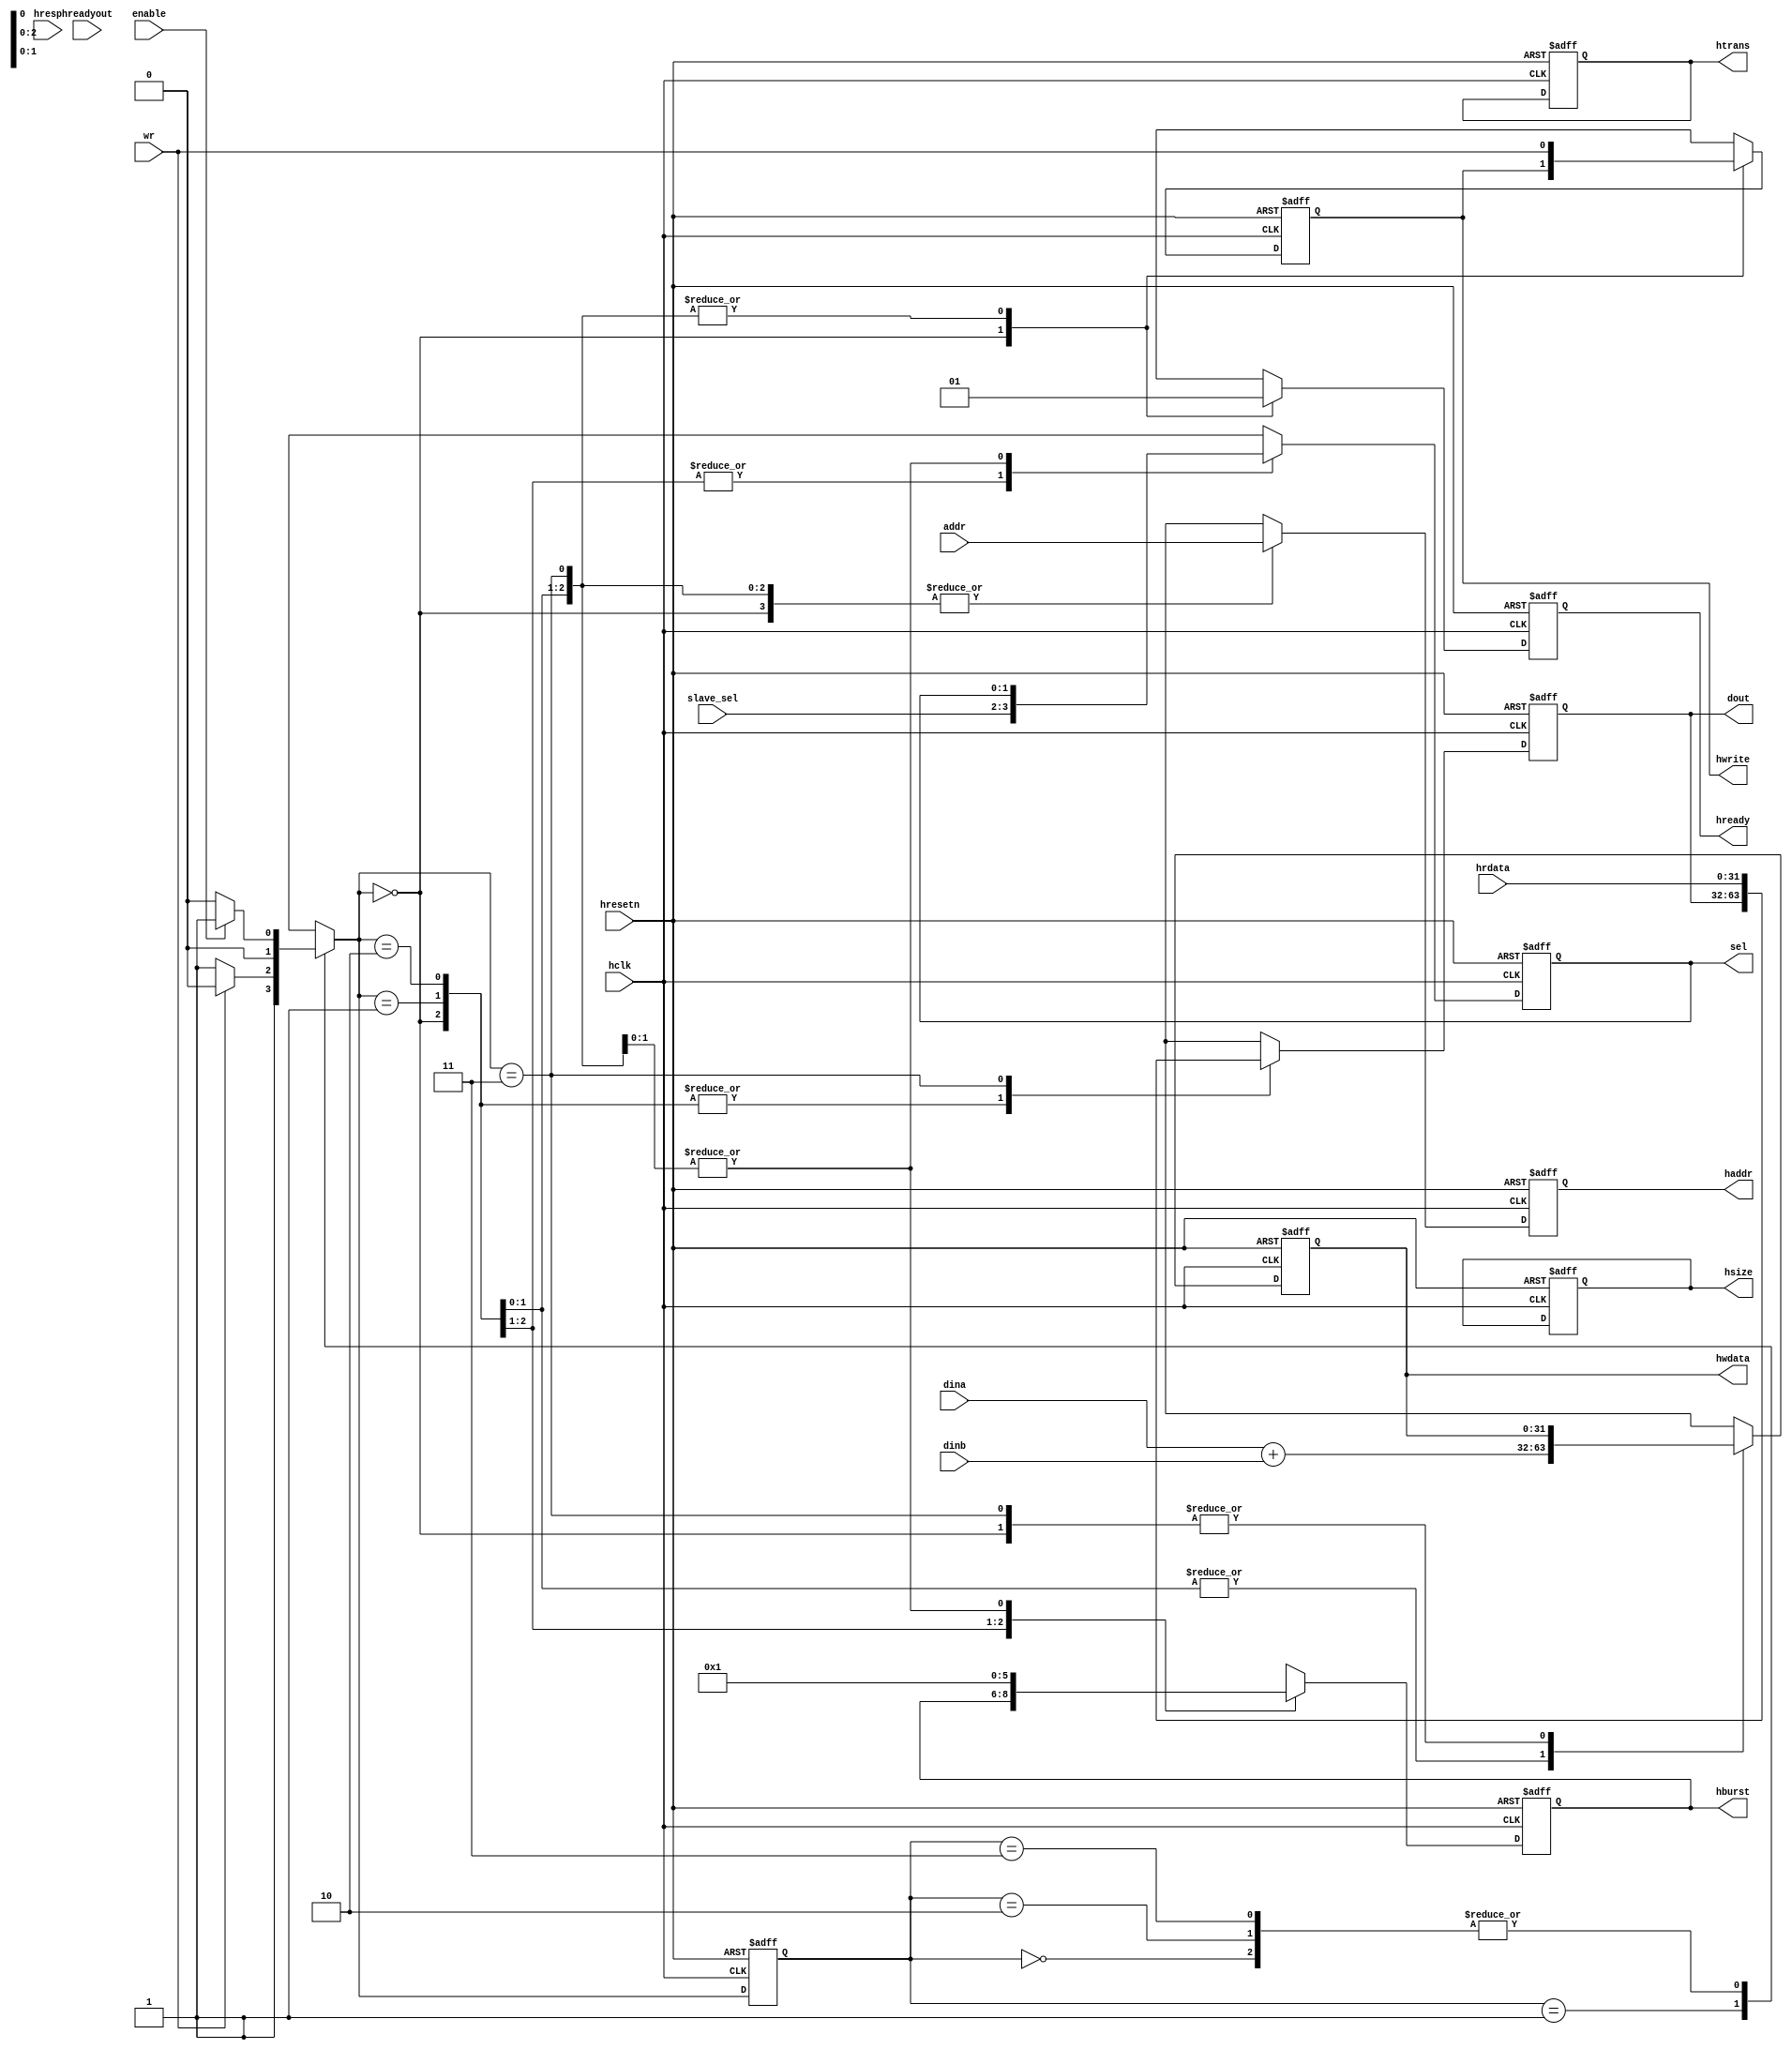
module ahb_master(
  input hclk,
  input hresetn,
  input enable,
  input [31:0] dina,
  input [31:0] dinb,
  input [31:0] addr,
  input wr,
  input hreadyout,
  input hresp,
  input [31:0] hrdata,
  input [1:0]  slave_sel,
  
  output reg [1:0] sel,
  output reg [31:0] haddr,
  output reg hwrite,
  output reg [2:0] hsize,
  output reg [2:0] hburst,
  // output reg [3:0] hprot,
  output reg [1:0] htrans,
  // output reg hmastlock,
  output reg hready,
  output reg [31:0] hwdata,
  output reg [31:0] dout
);

reg [1:0] state, next_state;
parameter idle = 2'b00, s1 = 2'b01, s2 = 2'b10, s3 = 2'b11;

always @(posedge hclk, negedge hresetn) begin
  if(!hresetn) begin // active low reset, asynchronous
    state <= idle;
  end
  else begin
    state <= next_state;
  end
end

always @(*) begin
  case(state)
    idle: begin
      if(enable == 1'b1) begin
        next_state = s1;
      end
      else begin
        next_state = idle;
      end
    end
    s1: begin
      if(wr == 1'b1) begin
        next_state = s2; // write operation
      end
      else begin
        next_state = s3; // read operation
      end
    end
    s2: begin // write operation
      if(enable == 1'b1) begin
        next_state = s1;
      end
      else begin
        next_state = idle;
      end
    end
    s3: begin // read operation
      if(enable == 1'b1) begin
        next_state = s1;
      end
      else begin
        next_state = idle;
      end
    end
    default: begin
      next_state = idle;
    end
  endcase
end

always @(posedge hclk, negedge hresetn) begin
  if(!hresetn) begin
    sel <= 2'b00;
    haddr <= 32'h0000_0000;
    hwrite <= 1'b0;
    hsize <= 3'b000;
    hburst <= 3'b000;
   // hprot <= 4'b0000;
    htrans <= 2'b00;
   // hmastlock <= 1'b0;
    hready <= 1'b0;
    hwdata <= 32'h0000_0000;
    dout <= 32'h0000_0000;
  end
  else begin
    case(next_state)
      idle: begin // assigning previous values
        sel <= slave_sel;
        haddr <= addr;
        hwrite <= hwrite; 
        hburst <= hburst; 
        hready <= 1'b0;
        hwdata <= hwdata;
        dout <= dout;
      end
      s1: begin 
        sel <= 	slave_sel;
        haddr <= addr;
        hwrite <= wr;
        hburst <= 3'b000; 
         hready <= 1'b1;
              hwdata <= dina+dinb;
        dout <= dout;
      end
      s2: begin 
        sel <= sel;
        haddr <= addr;
        hwrite <= wr;
        hburst <= 3'b001;
        hready <= 1'b1;
        hwdata <= dina+dinb;
        dout <= dout;
      end
      s3: begin 
        sel <= sel;
        haddr <= addr;
        hwrite <= wr;
        hburst <= 3'b001;
        hready <= 1'b1;
        hwdata <= hwdata;
        dout <= hrdata;
      end
      default: begin 
        sel <= slave_sel;
        haddr <= haddr;
        hwrite <= hwrite;
        hburst <= hburst;
        hready <= 1'b0;
        hwdata <= hwdata;
        dout <= dout;
      end
    endcase
  end
end

endmodule